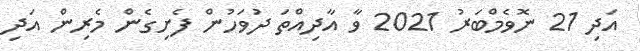
އަދި 21 ނޮވެމްބަރު 2021 ވާ އާދިއްތަ ދުވަހުން ފެށިގެން މެރިން އަދި